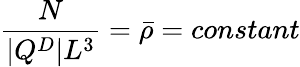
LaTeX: \frac{N}{|Q^{D}|L^{3}}=\bar{\rho}=constant